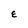
Character: E